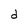
Character: d